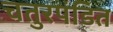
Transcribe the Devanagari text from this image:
चतुरपंडित